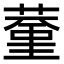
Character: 𦸨